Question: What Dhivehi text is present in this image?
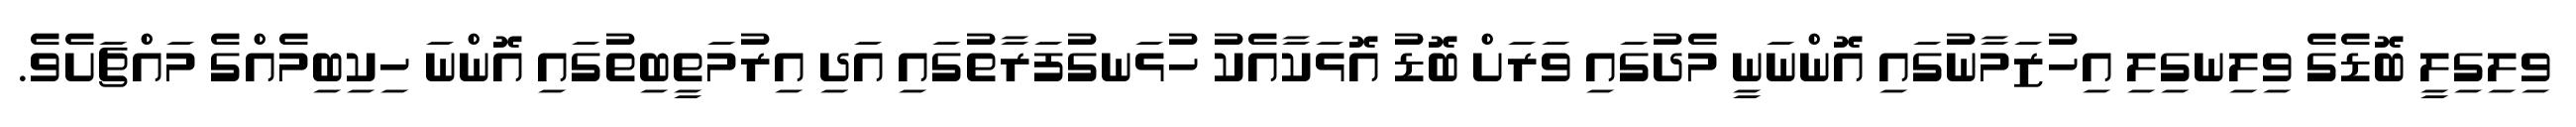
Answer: ވިލިގިލީ ބޮޑެގެ ވިލިނގިލި އިހުޒަމާނުގައި އޮންނަނީ މެދުގައި ވަރަށް ބޮޑު އޮޅަކާއެކު ހުޅަނގުފަރާތުގައި އަދި އިރުމަތީބިތުގައި އޮންނަ ހިކިބިމެއްގެ މައްޗަށެވެ.